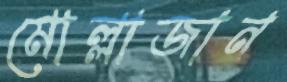
মোল্লাজান